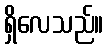
ရှိလေသည်။